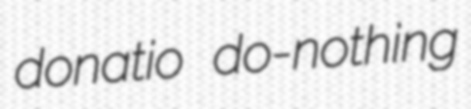
donatio do-nothing